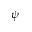
\psi